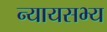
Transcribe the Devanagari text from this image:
न्यायसभ्य